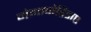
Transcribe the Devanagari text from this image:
मेगापोडिडाए